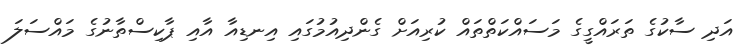
އަދި ސާކުގެ ތަރައްގީގެ މަސައްކަތްތައް ކުރިއަށް ގެންދިއުމުގައި އިނޑިއާ އާއި ޕާކިސްތާނުގެ މައްސަލަ